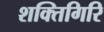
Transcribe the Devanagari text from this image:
शक्तिगिरि